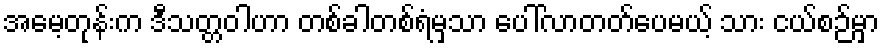
အမေ့တုန်းက ဒီသတ္တဝါဟာ တစ်ခါတစ်ရံမှသာ ပေါ်လာတတ်ပေမယ့် သား ငယ်စဉ်မှာ